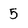
Character: 5